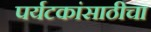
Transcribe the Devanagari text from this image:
पर्यटकांसाठीचा